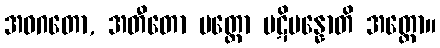
အဝဂတော, အတီတော ပတ္တော ပဋိပန္နောတိ အတ္ထော။